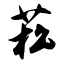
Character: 菘